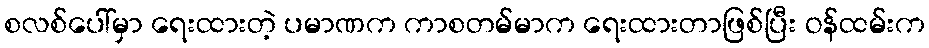
စလစ်ပေါ်မှာ ရေးထားတဲ့ ပမာဏက ကာစတမ်မာက ရေးထားတာဖြစ်ပြီး ဝန်ထမ်းက